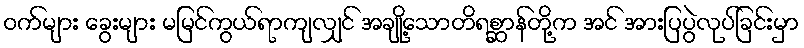
ဝက်များ ခွေးများ မမြင်ကွယ်ရာကျလျှင် အချို့သောတိရစ္ဆာန်တို့က အင် အားပြပွဲလုပ်ခြင်းမှာ